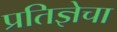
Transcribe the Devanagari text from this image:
प्रतिज्ञेचा